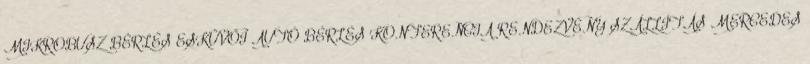
MIKROBUSZ BÉRLÉS ESKÜVŐI AUTÓ BÉRLÉS KONFERENCIA RENDEZVÉNY SZÁLLÍTÁS MERCEDES